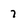
Character: 7